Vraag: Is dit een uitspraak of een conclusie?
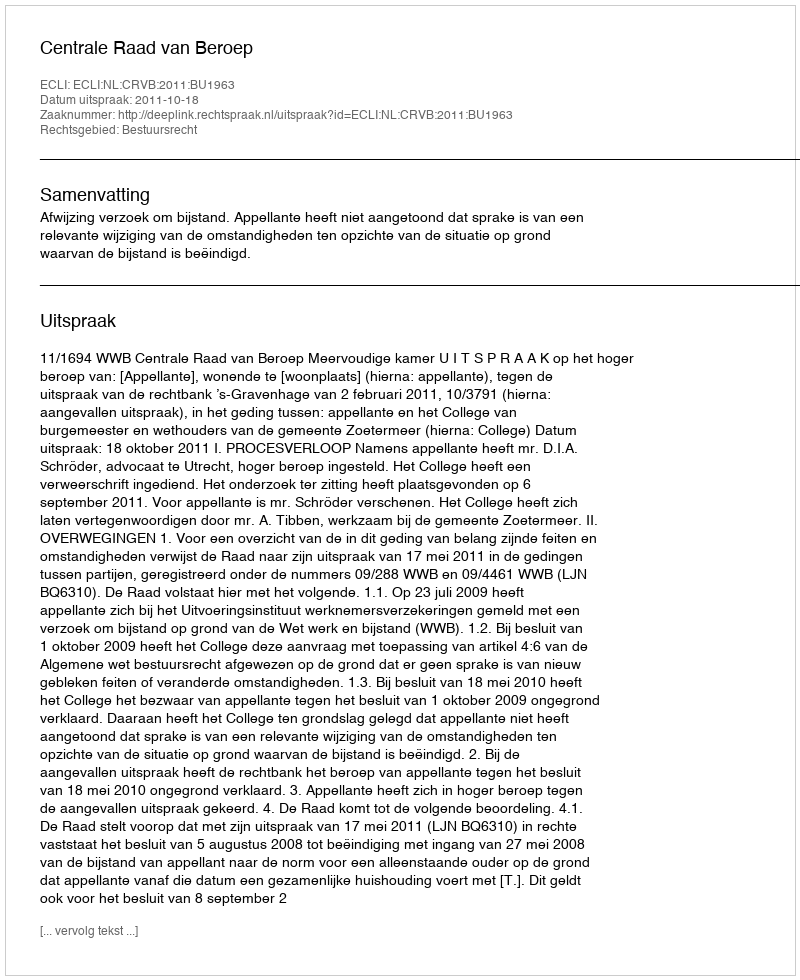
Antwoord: Uitspraak